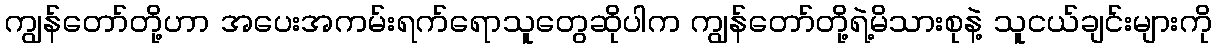
ကျွန်တော်တို့ဟာ အပေးအကမ်းရက်ရောသူတွေဆိုပါက ကျွန်တော်တို့ရဲ့မိသားစုနဲ့ သူငယ်ချင်းများကို